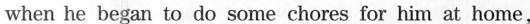
when he began to do some chores for him at home